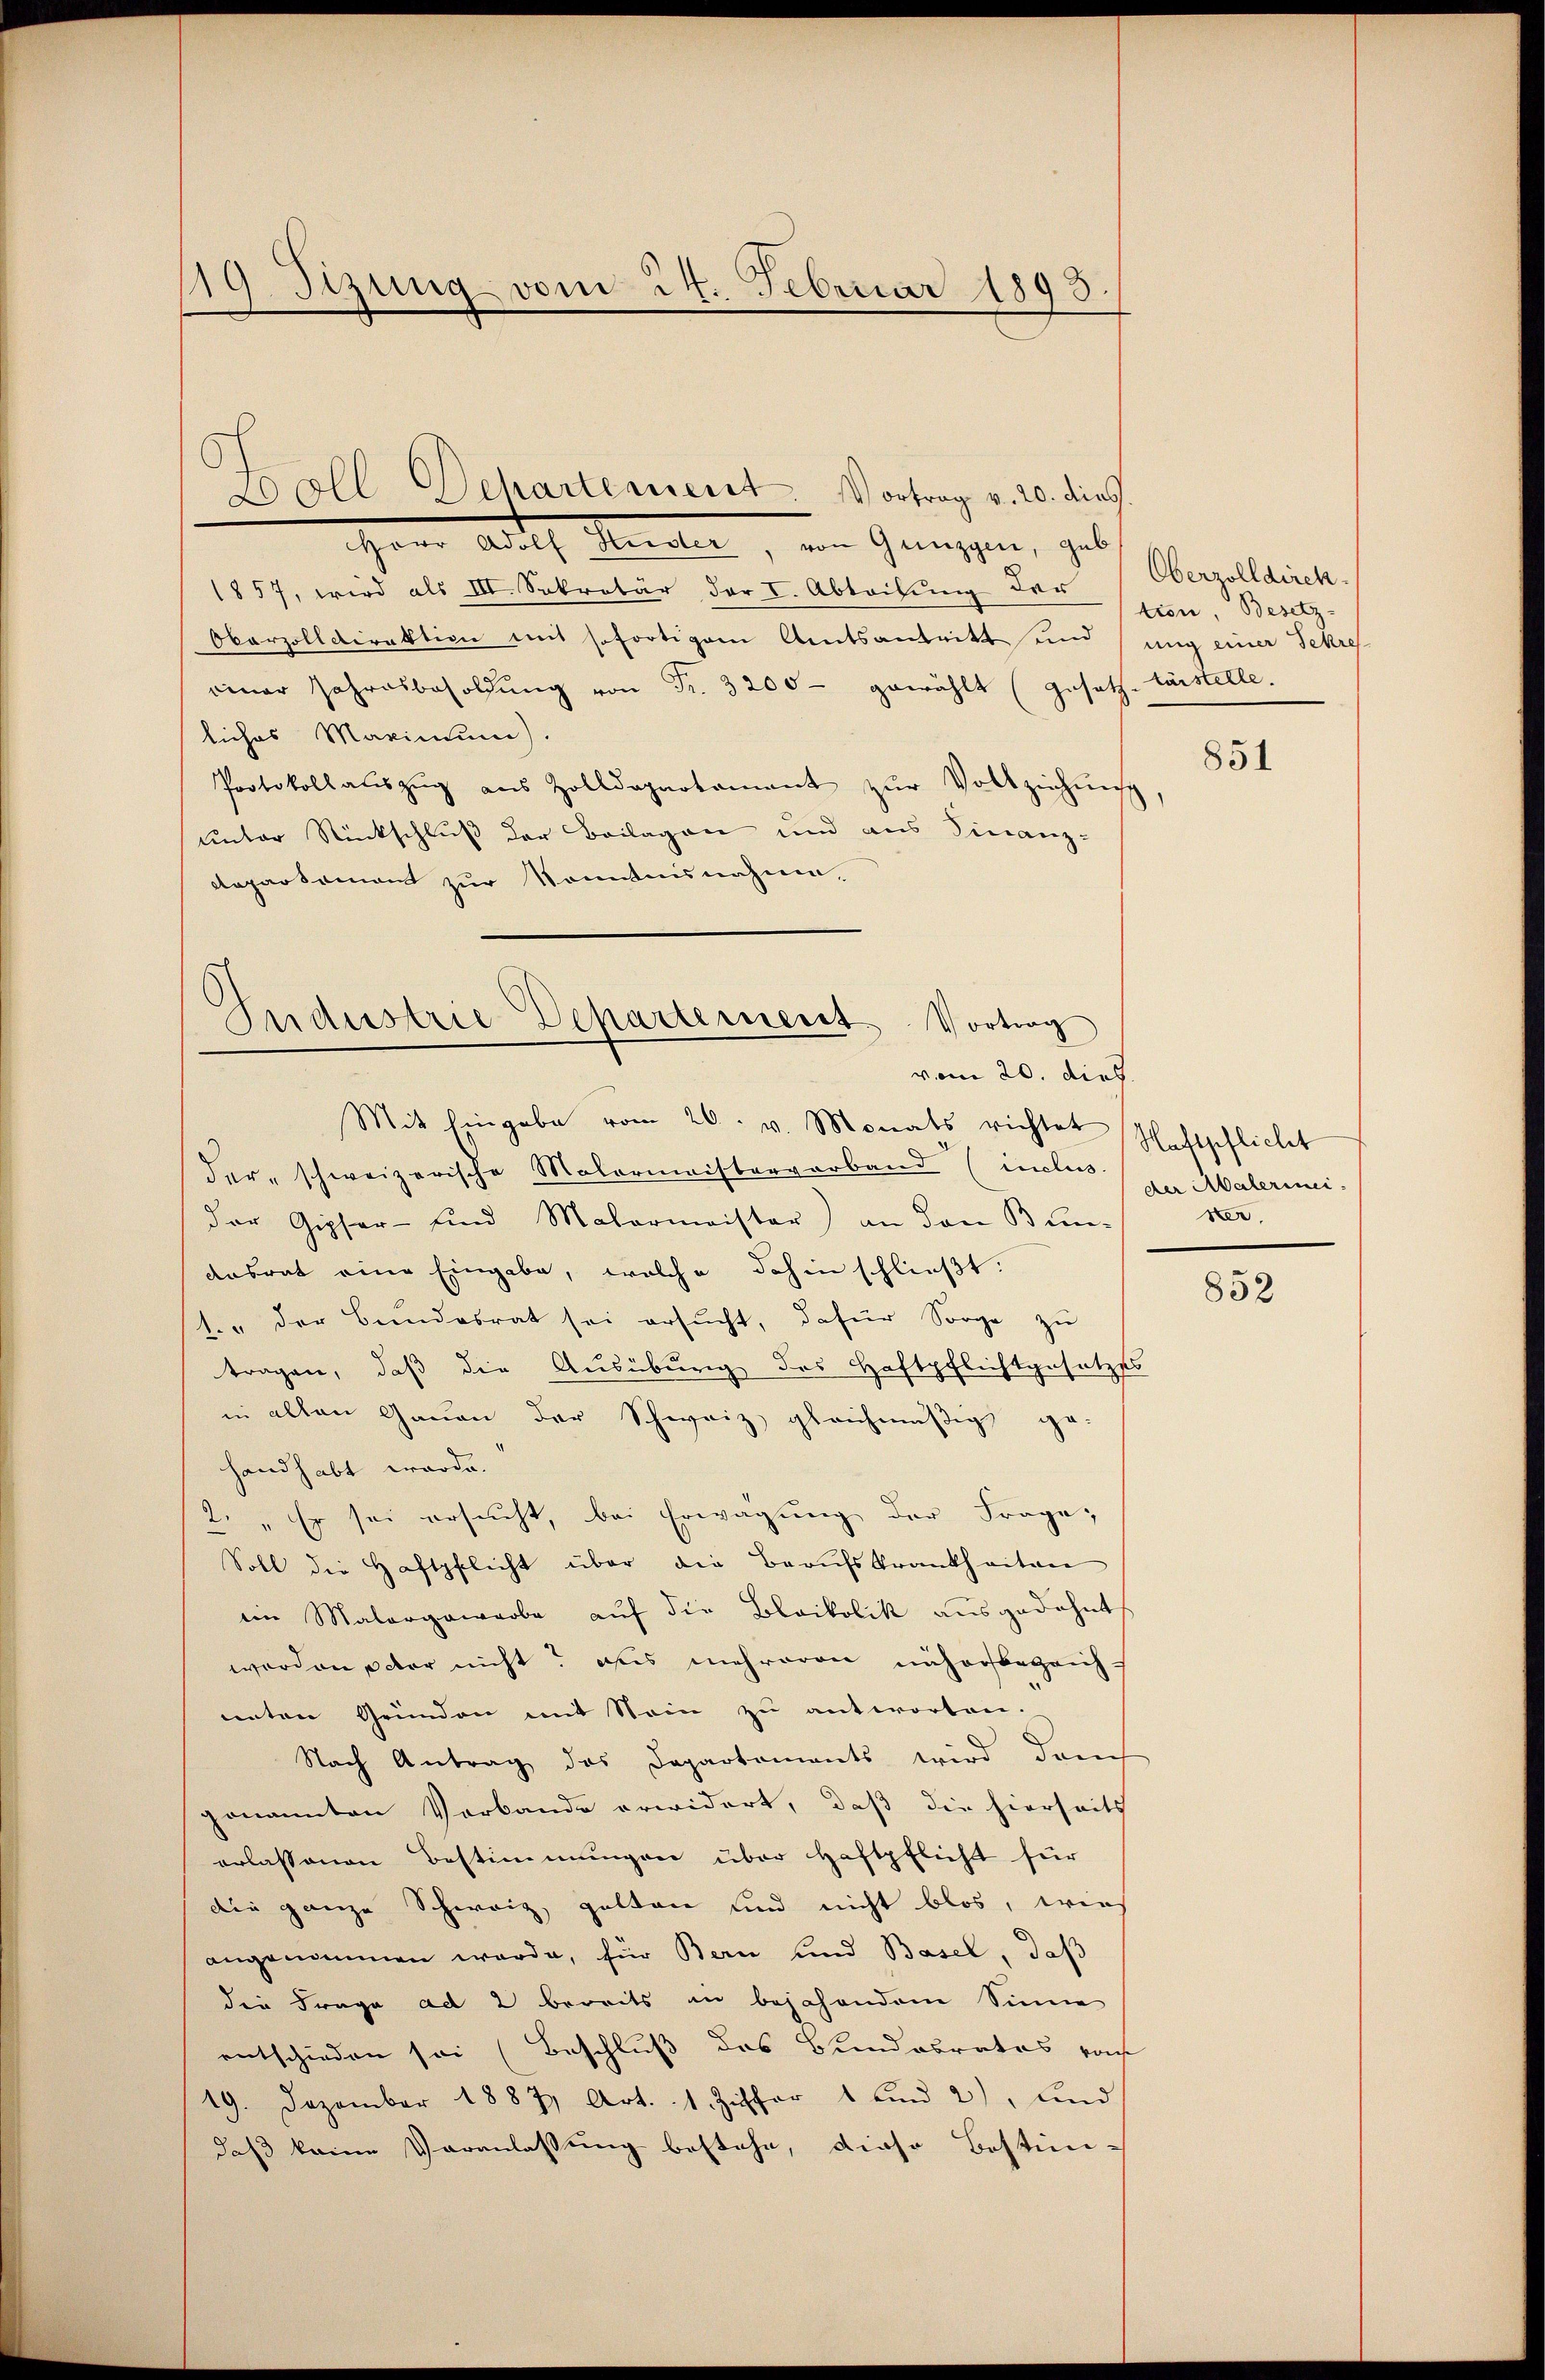
19. Sizung vom 24. Februar 1893.

Herr Arch. Meilen, von Grüssen, geb
1857, wird als III. Sekretär der I. Abteilung der
Obarzolldirektion mit sofortigem Amtsantritt und sung einer Sekre
einer Jahresbesoldŭng von Fr. 3200 - gewählt (gesetz-Fürstelle.
liches Maximum)
Protokoll aŭszŭg aŭs Zolldepartament zŭr Vollziehŭng
unter Rückschluß der Beilagen und aus Finanz-
Repartament zur Kenntnisnahme.

.
oll Dehartement. Vortrag v. 20. dies

Industrie Departement. Vortrag
vom 20. dies
Mit Eingabe vom 26. v. Monats richtet Nachtspflicht

derschweizerische Malermeisterverband (inclus
der Gipfer- und Matermeister) an den Bunausrat eine Eingabe, welche dahin schließt:
.. der Bundesrat sei ersŭcht, dafür Sorge zu
tragen, daß die Ausübung des Haftpflichtgesetzes
in allen Gauen der Schweiz, gleichmäßig ge-
handhabt werde.
2. „Es sei ersucht, bei Erwägung der Frage,
Soll der Haftpflicht über die Beaŭfskrankheiten
im Malergewarbe auf die Blaikolik ausgedehnt
worden pater nicht? aus mehreren nähersbegeich
unten Gründen mit Stein zu antworten.
Nach Antrag des Departements wird danch
genannten Verbande erwidert, daß die hierseits
erlassenen Bestimmungen über Haftpflicht für
die ganze Schweiz, galten und nicht blos, wies
angenommen werde, für Bern und Basel, daß
die Frage ad 2 bereits in bejahendem Sinne
entschieden sei (Beschluß des Bundesrates vo
19. Dezember 1887 Art. 1. Ziffer 1 und 2), und
daß keine Veranlassung bestehe, diese Bestim-

Oberzolldirek
tion, Besetz-

851

der Malerinei
xer

852